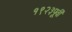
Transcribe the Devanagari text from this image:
१९२३पूर्वी